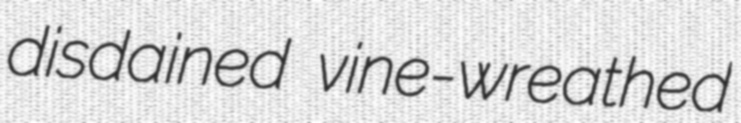
disdained vine-wreathed